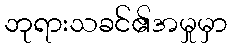
ဘုရားသခင်၏အမှုမှာ